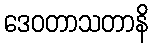
ဒေဝတာသတာနိ